Veterinary regulations India, 1935 -
Year: 1935
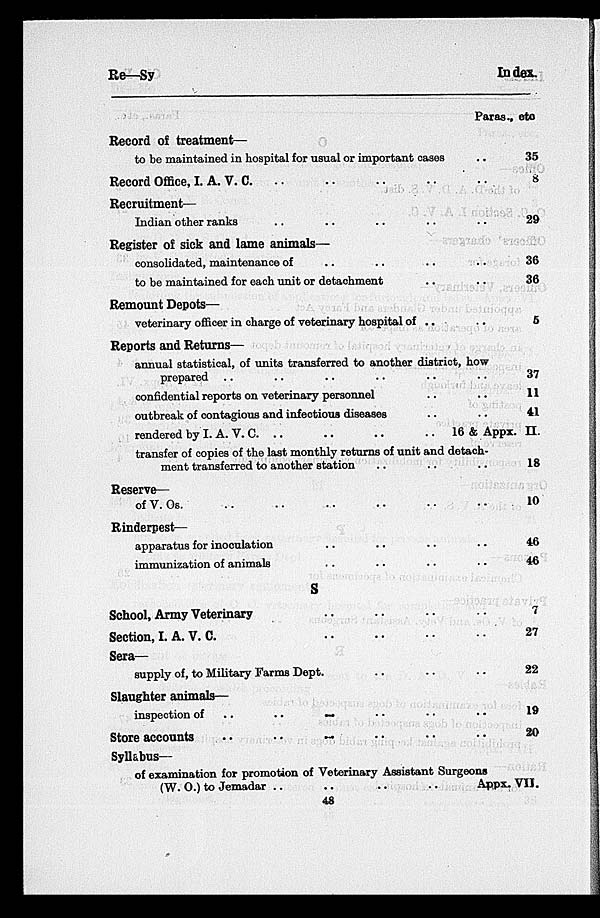
Re—Sy
Index.
Record of treatment—
to be maintained in hospital for usual or important cases ..
Record Office, I. A. V. C .. .. .. .. ..
Recruitment—
Indian other ranks .. .. .. .. .. ..
Register of sick and lame animals—
consolidated, maintenance of .. .. .. ..
to be maintained for each unit or detachment .. ..
Remount Depots—
veterinary officer in charge of veterinary hospital of .. ..
Reports and Returns—
annual statistical, of units transferred to another district, how
prepared .. .. .. .. .. ..
confidential reports on veterinary personnel .. .. ..
outbreak of contagious and infectious diseases .. ..
rendered by I. A. V. C. ..
..
..
..
transfer of copies of the last monthly returns of unit and detach-
ment transferred to another station .. .. ..
Reserve—
of V. Os. .. .. .. .. .. ..
Rinderpest—
apparatus for inoculation .. .. .. ..
immunization of animals .. .. .. ..
S
School, Army Veterinary
Section, I. A. V. C.
Sera—
supply of, to Military Farms Dept.
Slaughter animals—
inspection of .. .. .. .. .. ..
Store accounts .. .. .. .. .. ..
Syllabus—
of examination for promotion of Veterinary Assistant Surgeons
(W. O.) to Jemadar ..
..
..
..
Paras.,etc
35
8
29
36
36
5
37
11
41
16 & Appx.II.
18
10
46
46
7
27
22
19
20
Appx. VII.
48